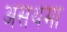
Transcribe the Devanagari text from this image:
असथमा